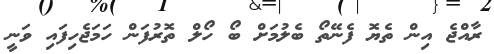
ރާއްޖެ އިން ތެޔޮ ފެނޭތޯ ބެލުމަށް ބޯ ހޯލް ތޮރުފަން ހަމަޖެހިފައި ވަނީ